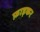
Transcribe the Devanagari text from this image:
फ़ाड़कर